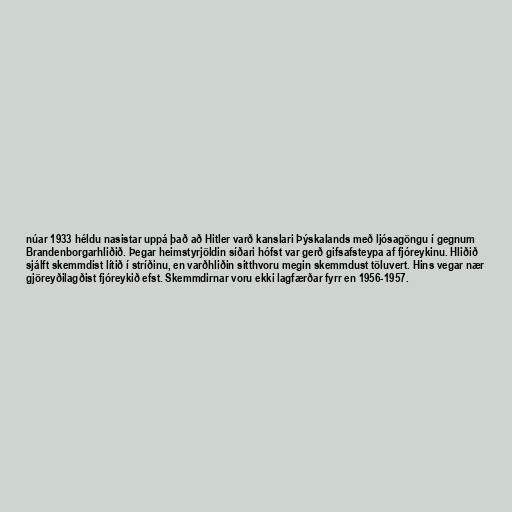
núar 1933 héldu nasistar uppá það að Hitler varð kanslari Þýskalands með ljósagöngu í gegnum
Brandenborgarhliðið. Þegar heimstyrjöldin síðari hófst var gerð gifsafsteypa af fjóreykinu. Hliðið
sjálft skemmdist lítið í stríðinu, en varðhliðin sitthvoru megin skemmdust töluvert. Hins vegar nær
gjöreyðilagðist fjóreykið efst. Skemmdirnar voru ekki lagfærðar fyrr en 1956-1957.